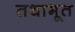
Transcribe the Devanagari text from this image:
तथाभूत